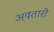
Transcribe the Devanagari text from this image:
अवतारो